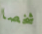
شخصا